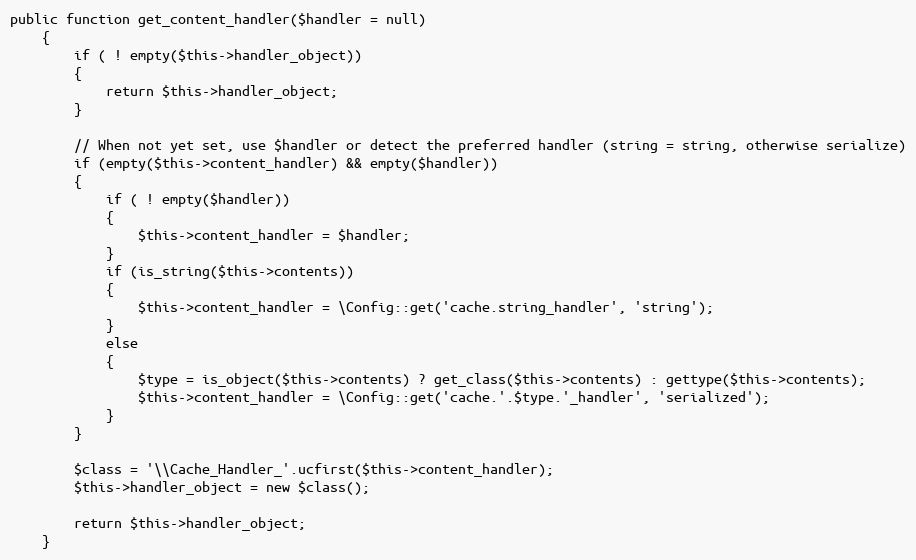
Language: PHP
public function get_content_handler($handler = null)
	{
		if ( ! empty($this->handler_object))
		{
			return $this->handler_object;
		}

		// When not yet set, use $handler or detect the preferred handler (string = string, otherwise serialize)
		if (empty($this->content_handler) && empty($handler))
		{
			if ( ! empty($handler))
			{
				$this->content_handler = $handler;
			}
			if (is_string($this->contents))
			{
				$this->content_handler = \Config::get('cache.string_handler', 'string');
			}
			else
			{
				$type = is_object($this->contents) ? get_class($this->contents) : gettype($this->contents);
				$this->content_handler = \Config::get('cache.'.$type.'_handler', 'serialized');
			}
		}

		$class = '\\Cache_Handler_'.ucfirst($this->content_handler);
		$this->handler_object = new $class();

		return $this->handler_object;
	}